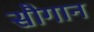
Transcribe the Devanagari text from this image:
सौगान